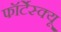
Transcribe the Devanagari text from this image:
फॉर्टेस्क्यू